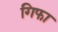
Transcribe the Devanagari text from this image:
गिफा